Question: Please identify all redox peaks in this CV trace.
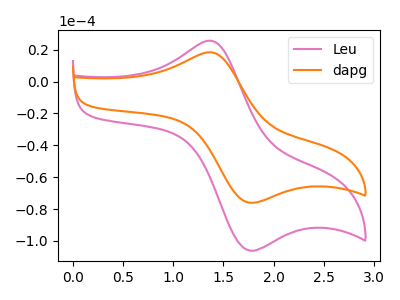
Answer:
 <answer>The pink curve "Leu" has an anodic peak at (1.35V, 25.70uA) and a cathodic peak at (1.75V, -105.60uA). The orange curve "dapg" has an anodic peak at (1.35V, 18.40uA) and a cathodic peak at (1.75V, -75.70uA).</answer>
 <eval></eval>